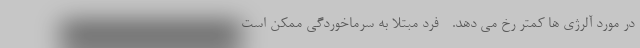
در مورد آلرژی ها کمتر رخ می دهد. - فرد مبتلا به سرماخوردگی ممکن است